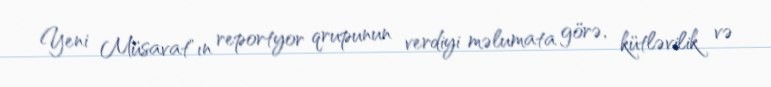
Yeni Müsavat"ın reportyor qrupunun verdiyi məlumata görə, kütləvilik və